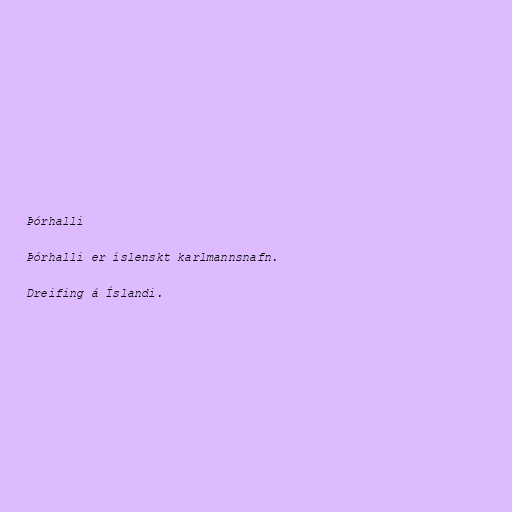
Þórhalli

Þórhalli er íslenskt karlmannsnafn.

Dreifing á Íslandi.